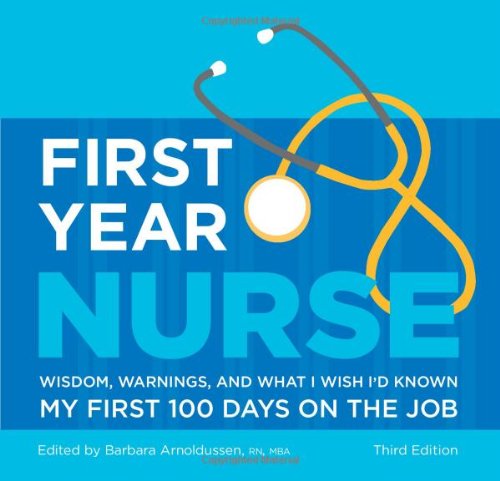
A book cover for First Year Nurse: Wisdom, Warnings, and What I Wish I'd Known My First 100 Days on the Job; Barbara Arnoldussen; Medical Books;